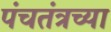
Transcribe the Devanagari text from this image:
पंचतंत्रच्या